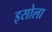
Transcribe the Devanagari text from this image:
इसोला